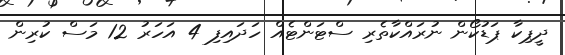
ދީޕިކާ ޕަޑުކޯން ނުރައްކާތެރި ސްޓަންޓެއް ހަދައިފި 4 އަހަރު 12 މަސް ކުރިން